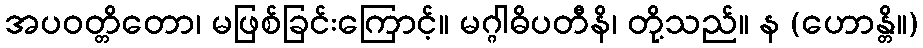
အပဝတ္တိတော၊ မဖြစ်ခြင်းကြောင့်။ မဂ္ဂါဓိပတီနိ၊ တို့သည်။ န (ဟောန္တိ။)